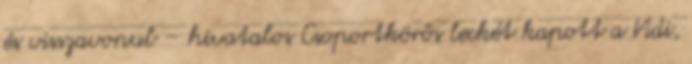
és visszavonul – hivatalos Csoportkörös leckét kapott a Vidi,